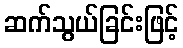
ဆက်သွယ်ခြင်းဖြင့်